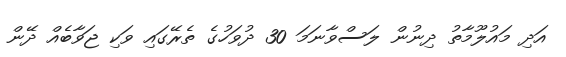
އަދި މައުލޫމާތު ދިނުން ލަސްވާނަމަ 30 ދުވަހުގެ ތެރޭގައި ވަކި ޖަވާބެއް ދޭން